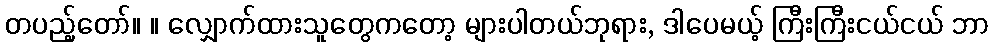
တပည့်တော်။ ။ လျှောက်ထားသူတွေကတော့ များပါတယ်ဘုရား, ဒါပေမယ့် ကြီးကြီးငယ်ငယ် ဘာ